Indian journal of veterinary science and animal husbandry - Volumes 24-25, 1954-1955
Year: 1954
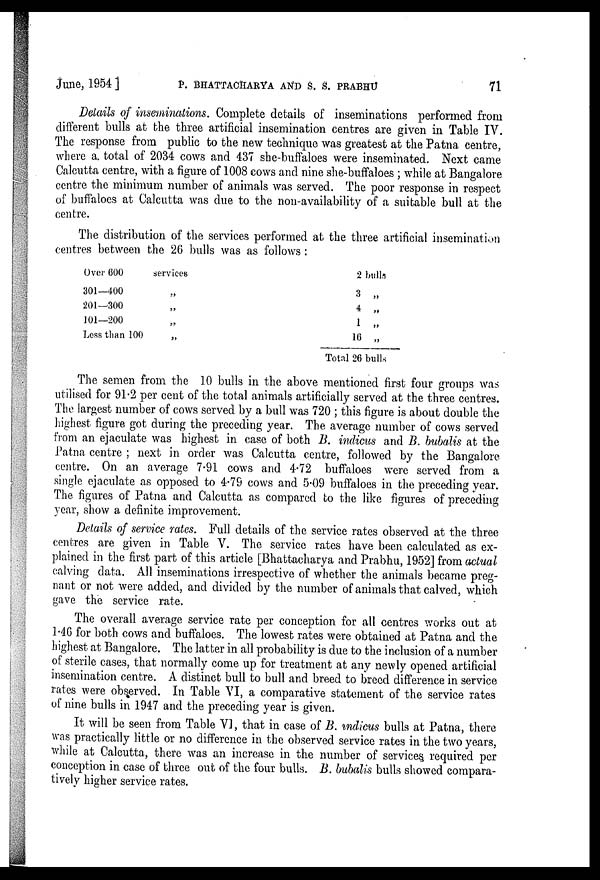
June, 1954 ]
P.
BHATTACHARYA
AND
S.
S.
PRABHU
71
Details of inseminations. Complete details of inseminations performed from
different bulls at the three artificial insemination centres are given in Table IV.
The response from public to the new technique was greatest at the Patna centre,
where a. total of 2034 cows and 437 she-buffaloes were inseminated. Next came
Calcutta centre, with a figure of 1008 cows and nine she-buffaloes ; while at Bangalore
centre the minimum number of animals was served. The poor response in respect
of buffaloes at Calcutta was due to the non-availability of a suitable bull at the
centre.
The distribution of the services performed at the three artificial insemination
centres between the 26 bulls was as follows :
Over 600
301—400
201—300
101—200
Less than 100
services
„
„
„
„
2 bulls
3 „
4 „
1 „
16 „
Total 26 bulls
The semen from the 10 bulls in the above mentioned first four groups was
utilised for 91.2 per cent of the total animals artificially served at the three centres.
The largest number of cows served by a bull was 720 ; this figure is about double the
highest figure got during the preceding year. The average number of cows served
from an ejaculate was highest in case of both B. indicus and B. bubalis at the
Patna centre ; next in order was Calcutta centre, followed by the Bangalore
centre. On an average 7.91 cows and 4.72 buffaloes were served from a
single ejaculate as opposed to 4.79 cows and 5.09 buffaloes in the preceding year.
The figures of Patna and Calcutta as compared to the like figures of preceding
year, show a definite improvement.
Details of service rates. Full details of the service rates observed at the three
centres are given in Table V. The service rates have been calculated as ex-
plained in the first part of this article [Bhattacharya and Prabhu, 1952] from actual
calving data. All inseminations irrespective of whether the animals became preg-
nant or not were added, and divided by the number of animals that calved, which
gave the service rate.
The overall average service rate per conception for all centres works out at
1.46 for both cows and buffaloes. The lowest rates were obtained at Patna and the
highest at Bangalore. The latter in all probability is due to the inclusion of a number
of sterile cases, that normally come up for treatment at any newly opened artificial
insemination centre. A distinct bull to bull and breed to breed difference in service
rates were observed. In Table VI, a comparative statement of the service rates
of nine bulls in 1947 and the preceding year is given.
It will be seen from Table VI, that in case of B. indicus bulls at Patna, there
was practically little or no difference in the observed service rates in the two years,
while at Calcutta, there was an increase in the number of services required per
conception in case of three out of the four bulls. B. bubalis bulls showed compara-
tively higher service rates.